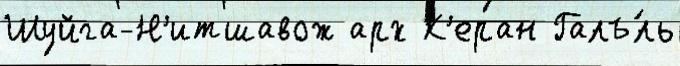
Шуйга-Н'итшавож арх К'еран Галъ́ль